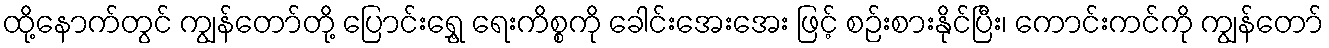
ထို့နောက်တွင် ကျွန်တော်တို့ ပြောင်းရွှေ့ ရေးကိစ္စကို ခေါင်းအေးအေး ဖြင့် စဉ်းစားနိုင်ပြီး၊ ကောင်းကင်ကို ကျွန်တော်